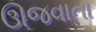
ઊજવાતા